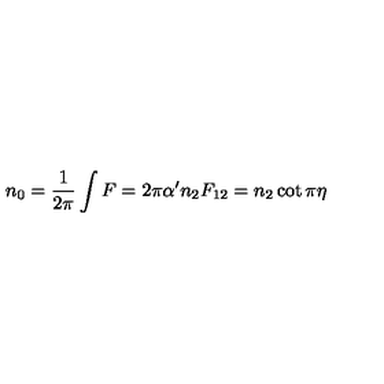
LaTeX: n _ { 0 } = { \frac { 1 } { 2 \pi } } \int F = 2 \pi \alpha ^ { \prime } n _ { 2 } F _ { 1 2 } = n _ { 2 } \cot \pi \eta